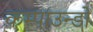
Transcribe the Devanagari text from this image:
कम्पाउन्डों